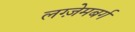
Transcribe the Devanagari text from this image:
लग्ज़ेमबर्ग